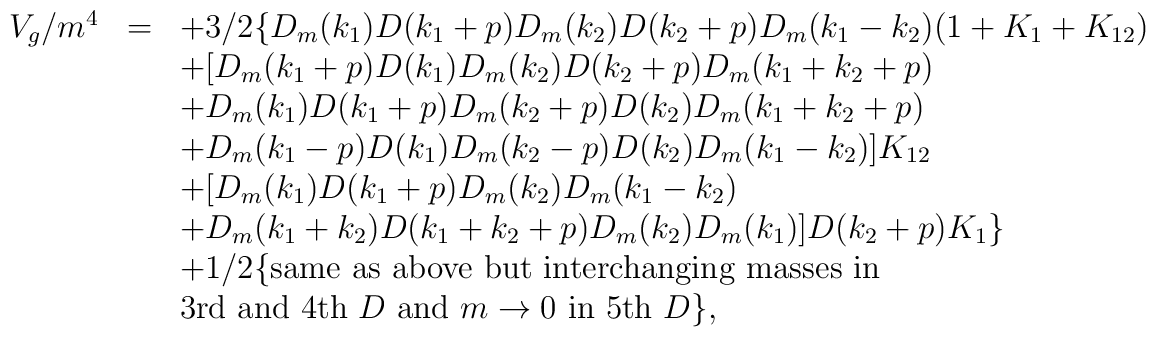
\begin{array}{rcl}V_g/m^4&=&\displaystyle +3/2\{D_m(k_1)D(k_1+p)D_m(k_2)D(k_2+p)D_m(k_1-k_2)(1+K_1+K_{12})\\&&\displaystyle +[D_m(k_1+p)D(k_1)D_m(k_2)D(k_2+p)D_m(k_1+k_2+p)\\&&\displaystyle +D_m(k_1)D(k_1+p)D_m(k_2+p)D(k_2)D_m(k_1+k_2+p)\\&&\displaystyle +D_m(k_1-p)D(k_1)D_m(k_2-p)D(k_2)D_m(k_1-k_2)]K_{12}\\&&\displaystyle +[D_m(k_1)D(k_1+p)D_m(k_2)D_m(k_1-k_2)\\&&\displaystyle +D_m(k_1+k_2)D(k_1+k_2+p)D_m(k_2)D_m(k_1)]D(k_2+p)K_1\}\\&&\displaystyle +1/2\{{\rm same~as~above~but~interchanging~masses~in~}\\&&\displaystyle {\rm 3rd~and~4th~}D{\rm ~and~}m\to 0{\rm ~in~5th~}D\}, \end{array}